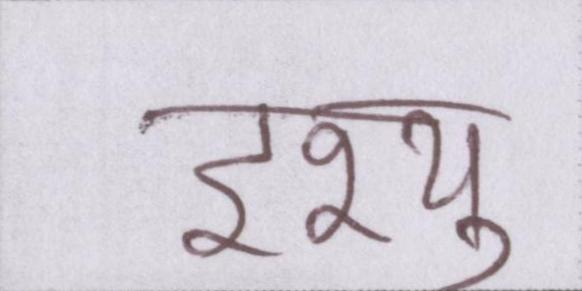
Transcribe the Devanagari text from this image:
इश्यू